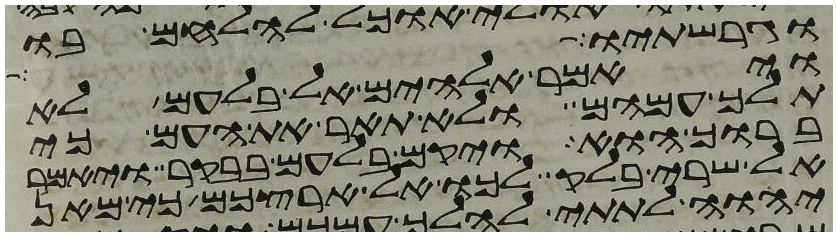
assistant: וגרשתיו
ויאמר אלהים אל בלעם לא
תלך עמהם ולא תאר את העם כי
ברוך הוא ויקם בלעם בבקר ויאמר
אל שרי בלק לכו אל ארצכם כי מאן